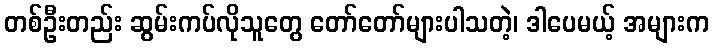
တစ်ဦးတည်း ဆွမ်းကပ်လိုသူတွေ တော်တော်များပါသတဲ့၊ ဒါပေမယ့် အများက